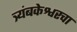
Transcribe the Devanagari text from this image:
त्र्यंबकेश्वरचा